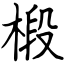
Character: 椴